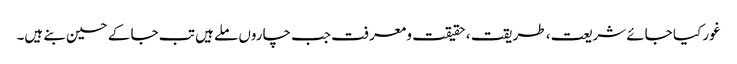
غور کیا جائے شریعت ، طریقت ، حقیقت و معرفت جب چاروں ملے ہیں تب جا کے حسین بنے ہیں۔